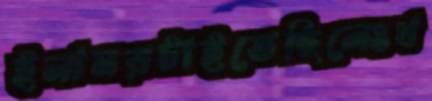
ইলামরটাইতেছিলেংথ